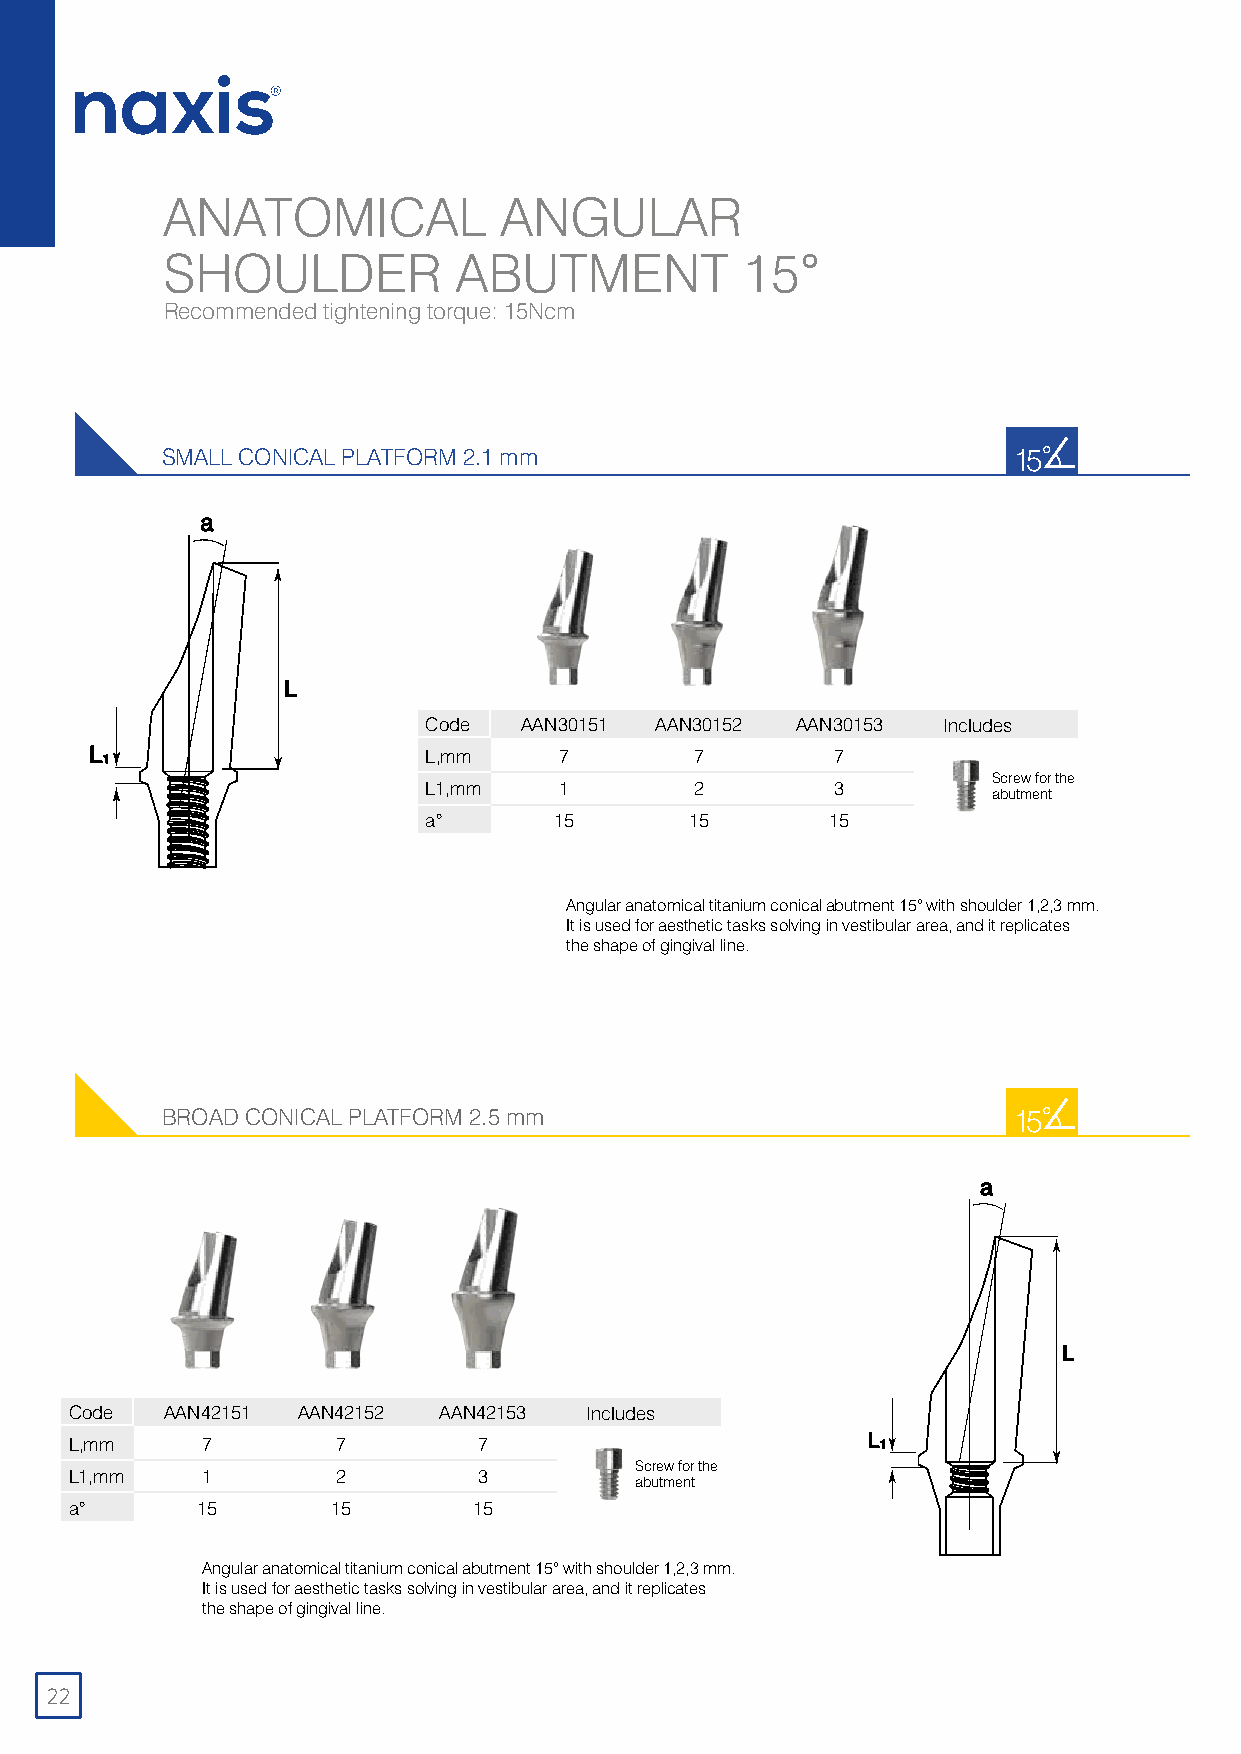
ANATOMICAL            ANGULAR
 SHOULDER           ABUTMENT           15
 Recommended tightening torque: 15Ncm
 °
 SMALL CONICAL PLATFORM 2.1 mm
 15˚
 Code  AAN30151 AAN30152  AAN30153 Includes
 L,mm     7        7        7
 Screw for the
 L1,mm    1        2        3          abutment
 a°       15       15       15
 Angular anatomical titanium conical abutment 15° with shoulder 1,2,3 mm.
 It is used for aesthetic tasks solving in vestibular area, and it replicates
 the shape of gingival line.
 BROAD CONICAL PLATFORM 2.5 mm
 15˚
 Code  AAN42151 AAN42152 AAN42153  Includes
 L,mm    7        7         7
 Screw for the
 L1,mm   1        2         3         abutment
 a°      15       15       15
 Angular anatomical titanium conical abutment 15° with shoulder 1,2,3 mm.
 It is used for aesthetic tasks solving in vestibular area, and it replicates
 the shape of gingival line.
 22